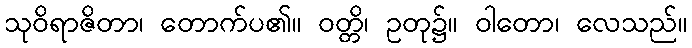
သုဝိရာဇိတာ၊ တောက်ပ၏။ ဝတ္တိ၊ ဥတု၌။ ဝါတော၊ လေသည်။